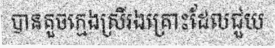
បានគួចក្មេងស្រីរងគ្រោះដែលជួយ